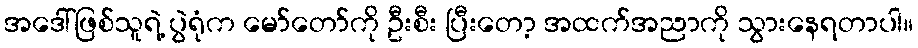
အဒေါ်ဖြစ်သူရဲ့ ပွဲရုံက မော်တော်ကို ဦးစီး ပြီးတော့ အထက်အညာကို သွားနေရတာပါ။